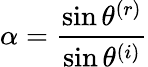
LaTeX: \alpha=\frac{\sin\theta^{(r)}}{\sin\theta^{(i)}}